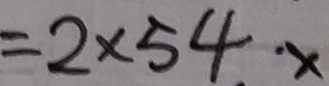
= 2 \times 5 4 \cdot x